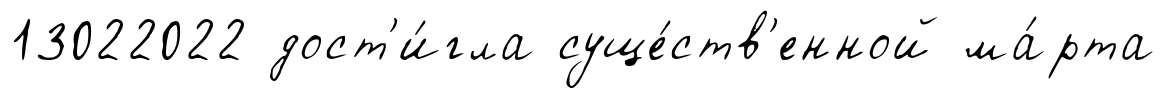
13022022 дост'и́гла суще́ств'енной ма́рта